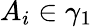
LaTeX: A_{i}\in\gamma_{1}